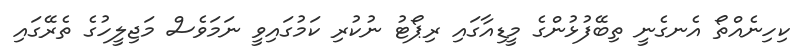
ކިހިނެއްތޯ އެނގެނީ ތިބޭފުޅުންގެ މީޑިއާގައި ރިޕޯޓު ނުކުރި ކަމުގައިވީ ނަމަވެސް މަޖިލީހުގެ ތެރޭގައި